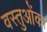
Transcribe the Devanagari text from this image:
वस्तुओंका